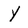
Character: Y